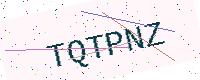
Text: TQTPNZ